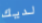
لديك